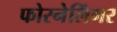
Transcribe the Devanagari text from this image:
फोरनेलिंगर